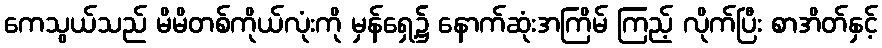
ကေသွယ်သည် မိမိတစ်ကိုယ်လုံးကို မှန်ရှေ့၌ နောက်ဆုံးအကြိမ် ကြည့် လိုက်ပြီး စာအိတ်နှင့်